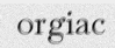
orgiac